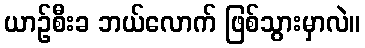
ယာဉ်စီးခ ဘယ်လောက် ဖြစ်သွားမှာလဲ။